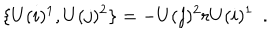
\{ U ( i ) ^ { 1 } , U ( j ) ^ { 2 } \} = - U ( j ) ^ { 2 } r U ( i ) ^ { 1 } \ \ .